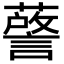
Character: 𮒘